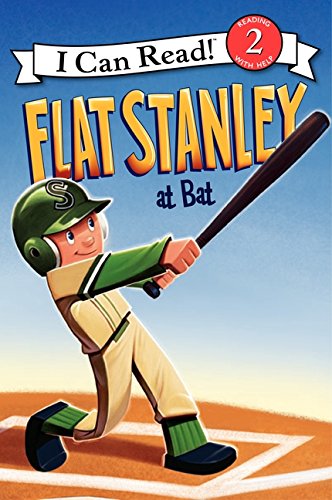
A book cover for Flat Stanley at Bat (I Can Read Level 2); Jeff Brown; Children's Books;